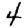
Digit: 4